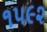
૧૫૯૨